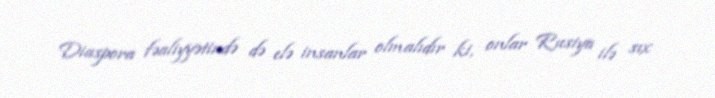
Diaspora fəaliyyətində də elə insanlar olmalıdır ki, onlar Rusiya ilə sıx